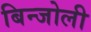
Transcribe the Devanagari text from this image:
बिन्जोली